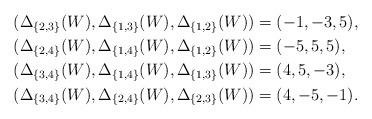
LaTeX: \begin{align*}& (\Delta_{\{2,3\}}(W), \Delta_{\{1,3\}}(W), \Delta_{\{1,2\}}(W)) = (-1, -3, 5), \\& (\Delta_{\{2,4\}}(W), \Delta_{\{1,4\}}(W), \Delta_{\{1,2\}}(W)) = (-5, 5, 5), \\& (\Delta_{\{3,4\}}(W), \Delta_{\{1,4\}}(W), \Delta_{\{1,3\}}(W)) = (4, 5, -3), \\& (\Delta_{\{3,4\}}(W), \Delta_{\{2,4\}}(W), \Delta_{\{2,3\}}(W)) = (4, -5, -1).\end{align*}